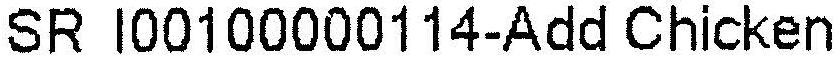
SR I00100000114-ADD CHICKEN